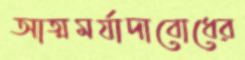
আত্মমর্যাদাবোধের